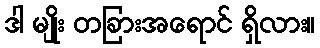
ဒါ မျိုး တခြားအရောင် ရှိလား။